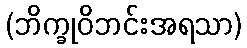
(ဘိက္ခုဝိဘင်းအရသာ)